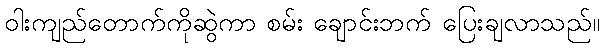
ဝါးကျည်တောက်ကိုဆွဲကာ စမ်း ချောင်းဘက် ပြေးချလာသည်။